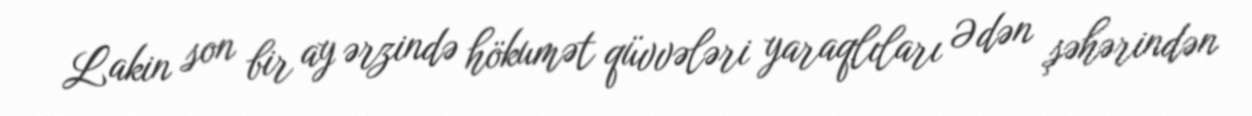
Lakin son bir ay ərzində hökumət qüvvələri yaraqlıları Ədən şəhərindən